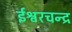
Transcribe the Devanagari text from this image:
ईश्वरचन्द्र